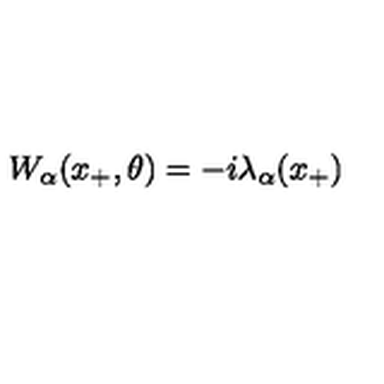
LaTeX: W _ { \alpha } ( x _ { + } , \theta ) = - i \lambda _ { \alpha } ( x _ { + } )